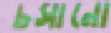
চসানো